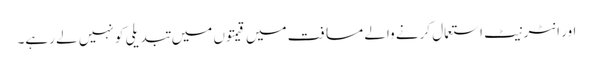
اور انٹرنیٹ استعمال کرنے والے مسافت میں قیمتوں میں تبدیلی کو نہیں لے رہے۔